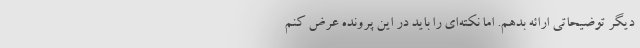
دیگر توضیحاتی ارائه بدهم. اما نکته‌ای را باید در این پرونده عرض کنم